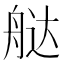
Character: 𬜔